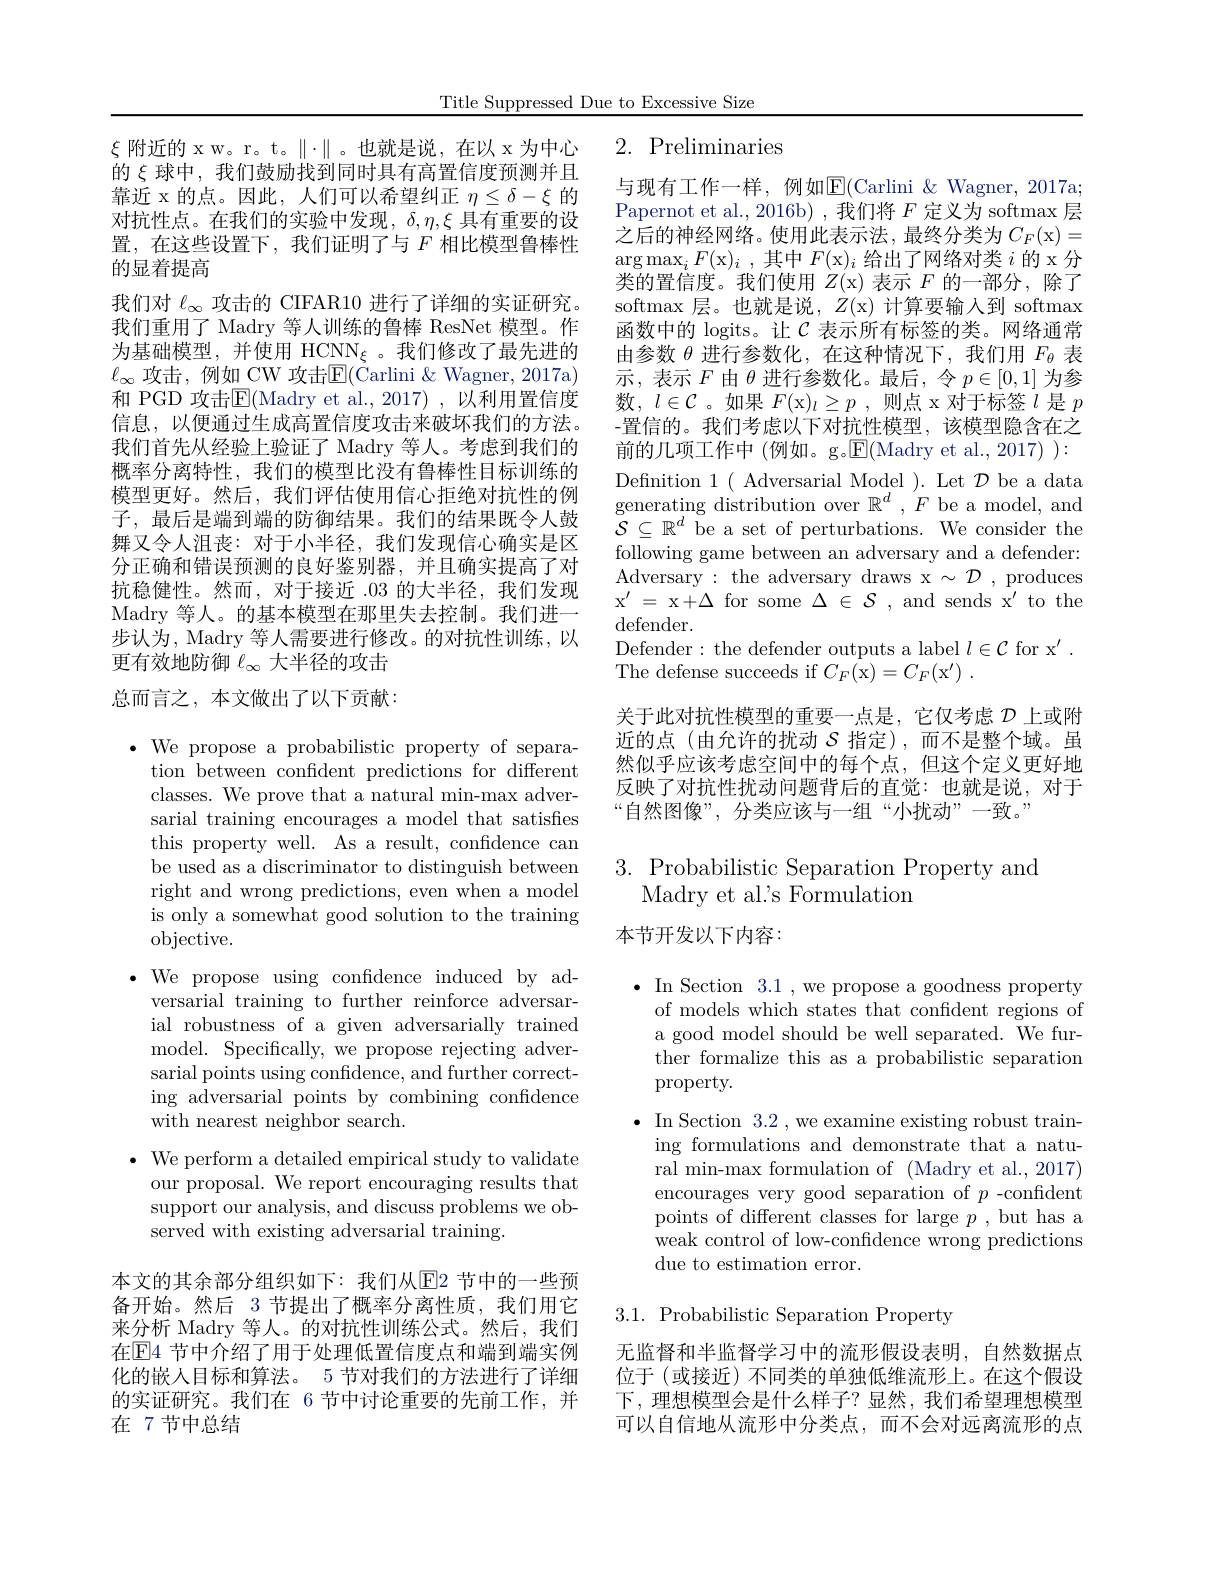
Title Suppressed Due to Excessive Size

## 2. Preliminaries

$\xi$附近的 x w。r。t。$\|\cdot\|$。也就是说，在以 x为中心的$\xi$球中，我们鼓励找到同时具有高置信度预测并且靠近 x 的点。因此，人们可以希望纠正$\eta\leq\delta-\xi$的对抗性点。在我们的实验中发现$,\delta,\eta,\xi$ 具有重要的设置，在这些设置下，我们证明了与$F$相比模型鲁棒性的显着提高
我们对$\ell_\infty$攻击的 CIFAR10 进行了详细的实证研究。我们重用了 Madry 等人训练的鲁棒 ResNet 模型。作为基础模型，并使用 HCNN$_\xi$。我们修改了最先进的$\ell_{\infty}$ 攻击，例如 CW 攻击$\mathbb{E}($Carlini &Wagner, 2017a) 和 PGD 攻击$\mathbb{E}($Madry et al.,2017) , 以利用置信度信息，以便通过生成高置信度攻击来破坏我们的方法。我们首先从经验上验证了 Madry 等人。考虑到我们的概率分离特性，我们的模型比没有鲁棒性目标训练的模型更好。然后，我们评估使用信心拒绝对抗性的例子，最后是端到端的防御结果。我们的结果既令人鼓舞又令人沮丧：对于小半径，我们发现信心确实是区分正确和错误预测的良好鉴别器，并且确实提高了对抗稳健性。然而，对于接近 .03 的大半径，我们发现Madry 等人。的基本模型在那里失去控制。我们进一步认为，Madry 等人需要进行修改。的对抗性训练，以更有效地防御$\ell_\infty$大半径的攻击

与现有工作一样，例如$\mathbb{E}($Carlini &Wagner, 2017a; Papernot et al., 2016b) , 我们将$F$定义为 softmax 层之后的神经网络。使用此表示法，最终分类为$C_F($x)= $\arg\max_iF($x$)_i$,其中$F($x$)_i$给出了网络对类$i$的 x 分类的置信度。我们使用$Z($x)表示$F$的一部分，除了softmax 层。也就是说，$Z($x)计算要输入到 softmax 函数中的 logits。让$\mathcal{C}$ 表示所有标签的类。网络通常由参数$\theta$进行参数化，在这种情况下，我们用$F_\mathrm{\theta}$表示，表示$F$由$\theta$进行参数化。最后，令$p\in[0,1]$为参数，$l\in\mathcal{C}$ 。如果$F($x$)_l\geq p$ ,则点 x 对于标签$l$是$p$ -置信的。我们考虑以下对抗性模型，该模型隐含在之前的几项工作中 (例如。g。$\mathbb{E}($Madry et al., 2017) ): Defnition 1( Adversarial Model ). Let $\mathcal{D}$ be a data generating distribution over $\mathbb{R}^d,‘F$ be a model, and $\tilde{\mathcal{S}}\subseteq\mathbb{R}^{d}$ be a set of perturbations. We consider the $\bar{\text{following game between an adversary and a defender:}}$ Adversary: the adversary draws x$\sim\mathcal{D}$, produces $x^{\prime }$= x+ $\Delta$ for some $\Delta \in \mathcal{S} $,and sends x'to the ${\mathrm{defender}}.$
Defender: the defender outputs a label $l\in \mathcal{C}$ for x' .
The defense succeeds if $C_F($x$) = C_F( \mathrm{x} ^\prime )$ .
关于此对抗性模型的重要一点是，它仅考虑$\mathcal{D}$上或附近的点(由允许的扰动$S$指定),而不是整个域。虽然似乎应该考虑空间中的每个点，但这个定义更好地反映了对抗性扰动问题背后的直觉：也就是说，对于“自然图像”, 分类应该与一组“小扰动”一致。”

总而言之，本文做出了以下贡献：

$\cdot$ We propose a probabilistic property of separa-
tion between confident predictions for different classes. We prove that a natural min-max adversarial training encourages a model that satisfies this property well. As a result, confdence can be used as a discriminator to distinguish between right and wrong predictions, even when a model is only a somewhat good solution to the training objective.

# 3. Probabilistic Separation Property and Madry et al's Formulation

本节开发以下内容：

$\bullet$ We propose using confidence induced by ad-
versarial training to further reinforce adversarial robustness of a given adversarially trained model. Specifically, we propose rejecting adversarial points using confidence, and further correcting adversarial points by combining confidence with nearest neighbor search.

$\bullet$ In Section 3.1 ,we propose a goodness property
of models which states that confident regions of a good model should be well separated. We further formalize this as a probabilistic separation property.
$\bullet$ In Section 3.2,we examine existing robust train-
ing formulations and demonstrate that a natural min-max formulation of (Madry et al., 2017) encourages very good separation of $p$ -confident points of different classes for large $p$,but has a weak control of low-confidence wrong predictions due to estimation error.

$\bullet$ We perform a detailed empirical study to validate our proposal. We report encouraging results that support our analysis, and discuss problems we observed with existing adversarial training.

3.1. Probabilistic Separation Property

本文的其余部分组织如下：我们从$\underline{\mathrm{E}}$2 节中的一些预备开始。然后 3 节提出了概率分离性质，我们用它来分析 Madry 等人。的对抗性训练公式。然后，我们在$\boxed{\mathrm{E}}4$ 节中介绍了用于处理低置信度点和端到端实例化的嵌人目标和算法。5 节对我们的方法进行了详细的实证研究。我们在 6 节中讨论重要的先前工作，并在 7 节中总结

无监督和半监督学习中的流形假设表明，自然数据点位于(或接近)不同类的单独低维流形上。在这个假设下，理想模型会是什么样子？显然，我们希望理想模型可以自信地从流形中分类点，而不会对远离流形的点